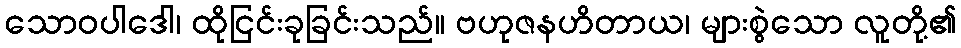
သောဝပါဒေါ၊ ထိုငြင်းခုခြင်းသည်။ ဗဟုဇနဟိတာယ၊ များစွဲသော လူတို့၏